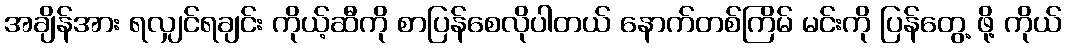
အချိန်အား ရလျှင်ရချင်း ကိုယ့်ဆီကို စာပြန်စေလိုပါတယ် နောက်တစ်ကြိမ် မင်းကို ပြန်တွေ့ ဖို့ ကိုယ်